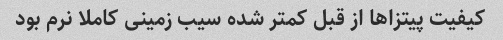
کیفیت پیتزاها از قبل کمتر شده سیب زمینی کاملا نرم بود